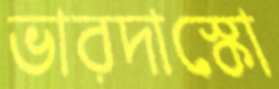
ভারদাস্কো